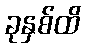
ခုနှစ်ထိ